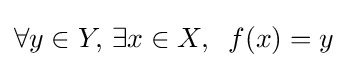
\forall y\in Y,\,\exists x\in X,\;\;f(x)=y